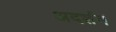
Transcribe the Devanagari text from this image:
अदर्शनं